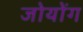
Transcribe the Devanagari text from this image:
जोयोंग